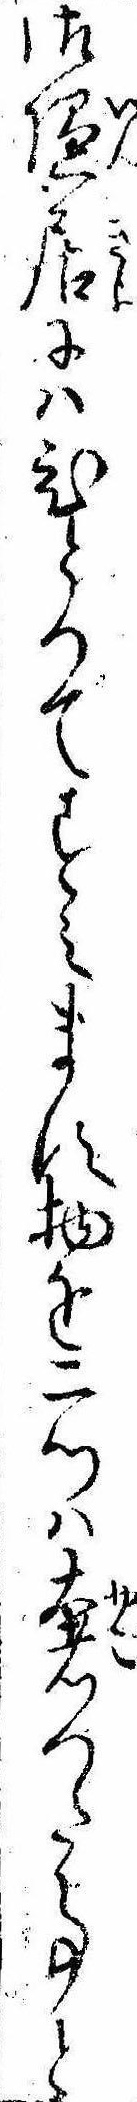
御隠居にはひとつですみます物を二ツは奢つた事と